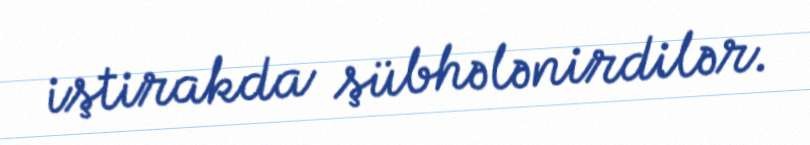
iştirakda şübhələnirdilər.